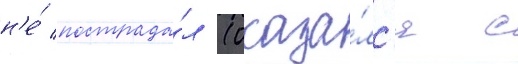
н'е́ пострада́л (оказа́лс'я с